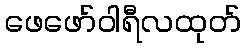
ဖေဖော်ဝါရီလထုတ်